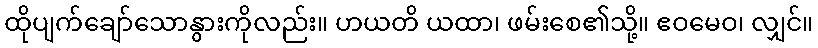
ထိုပျက်ချော်သောနွားကိုလည်း။ ဟယတိ ယထာ၊ ဖမ်းစေ၏သို့။ ဧဝမေဝ၊ လျှင်။